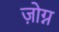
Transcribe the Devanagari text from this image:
ज़ोग्न